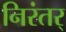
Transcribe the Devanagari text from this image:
निरंतर्